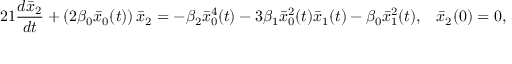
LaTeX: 2 1 \frac { d \bar { x } _ { 2 } } { d t } + \left( 2 \beta _ { 0 } \bar { x } _ { 0 } ( t ) \right) \bar { x } _ { 2 } = - \beta _ { 2 } \bar { x } _ { 0 } ^ { 4 } ( t ) - 3 \beta _ { 1 } \bar { x } _ { 0 } ^ { 2 } ( t ) \bar { x } _ { 1 } ( t ) - \beta _ { 0 } \bar { x } _ { 1 } ^ { 2 } ( t ) , \; \; \; \bar { x } _ { 2 } ( 0 ) = 0 ,